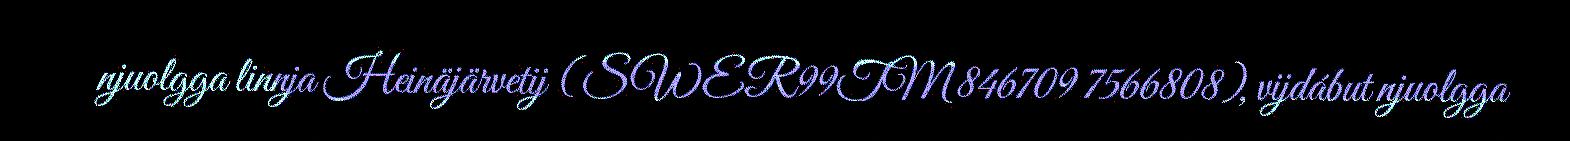
njuolgga linnja Heinäjärvetij (SWER99TM 846709 7566808), vijdábut njuolgga